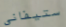
ستيفانى